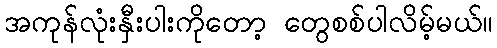
အကုန်လုံးနှီးပါးကိုတော့ တွေစစ်ပါလိမ့်မယ်။